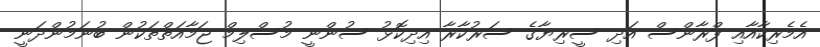
އެމެރިކާއާއި ފްރާންސް އަދި ސީރިޔާގެ ސަރުކާރާ އިދިކޮޅު ސުންނީ މުސްލިމް ޖަމާއަތްތަކުން ބުނަމުންދަނީ